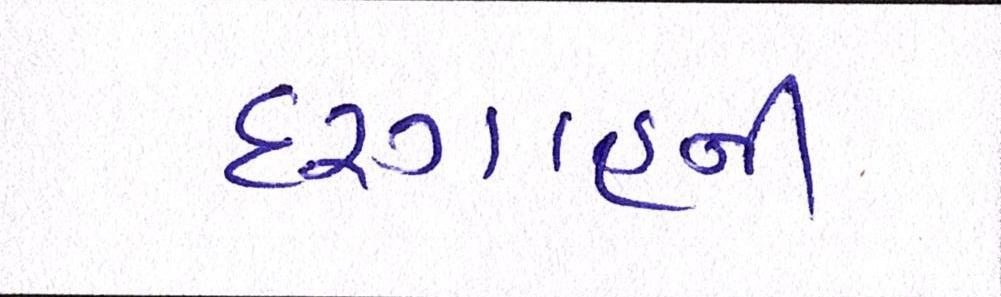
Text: દરગાહની